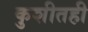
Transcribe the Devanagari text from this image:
कुशीतही